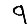
Digit: 9